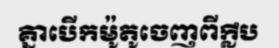
គ្នាបើកម៉ូតូចេញពីក្លឹប